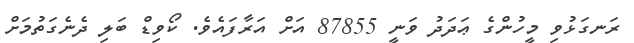
ރަނގަޅުވި މީހުންގެ ޢަދަދު ވަނީ 87855 އަށް އަރާފައެވެ. ކޯވިޑް ބަލި ދެނެގަތުމަށް